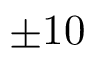
\pm 1 0